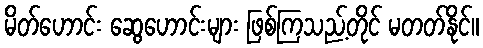
မိတ်ဟောင်း ဆွေဟောင်းများ ဖြစ်ကြသည့်တိုင် မတတ်နိုင်။